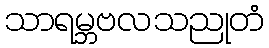
သာရမ္ဘဗလသညုတံ